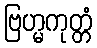
ဗြဟ္မကုတ္တံ